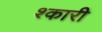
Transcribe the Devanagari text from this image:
श्कारी